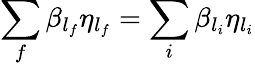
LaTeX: \sum_{f}\beta_{l_{f}}\eta_{l_{f}}=\sum_{i}\beta_{l_{i}}\eta_{l_{i}}